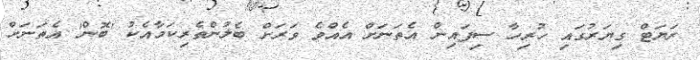
ރަޔަޓް ގިޔަރުގައި ހުރިހާ ސިފައިން އެތަނަށް އެއްވެ ވަރަށް ބެލުންތެރިކަމާއެކު 'ބޮން' އެތަނަށް